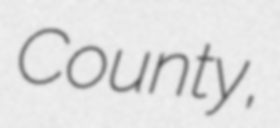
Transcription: County,